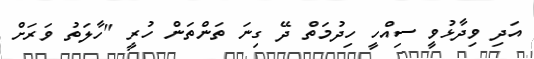
އަދި ވިދާޅުވީ ސިއްހީ ހިދުމަތް ދޭ ގިނަ ތަންތަން ހުރީ "ހާލަތު ވަރަށް